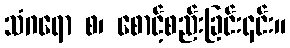
သံဂရော စ၊ စောင့်စည်းခြင်း၎င်း။